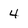
Character: 4